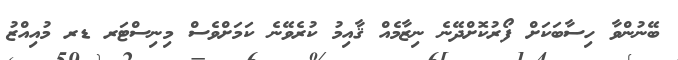
ބޭނުންވާ ހިސާބަކަށް ފޯރުކޮށްދޭނެ ނިޒާމެއް ޤާއިމު ކުރެވޭނެ ކަމަށްވެސް މިނިސްޓަރ ޑރ މުއިއްޒު